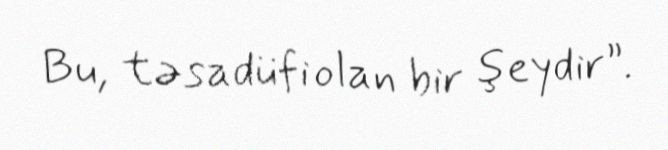
Bu, təsadüfi olan bir şeydir”.